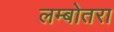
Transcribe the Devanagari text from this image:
लम्बोतरा